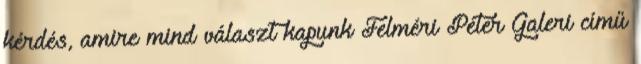
kérdés, amire mind választ kapunk Felméri Péter Galeri című